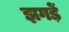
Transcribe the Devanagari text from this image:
झगड़ें